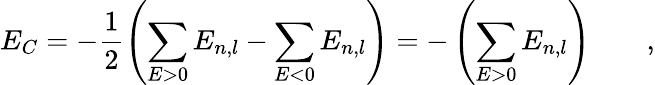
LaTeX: E_{C}=-\frac{1}{2}\left(\sum_{E>0}E_{n,l}-\sum_{E<0}E_{n,l}\right)=-\left(\sum_{E>0}E_{n,l}\right)\qquad,